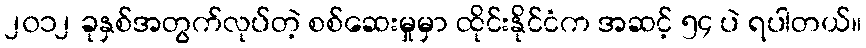
၂၀၁၂ ခုနှစ်အတွက်လုပ်တဲ့ စစ်ဆေးမှုမှာ ထိုင်းနိုင်ငံက အဆင့် ၅၄ ပဲ ရပါတယ်။